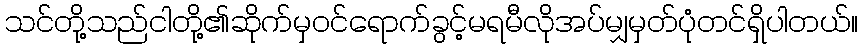
သင်တို့သည်ငါတို့၏ဆိုက်မှဝင်ရောက်ခွင့်မရမီလိုအပ်မျှမှတ်ပုံတင်ရှိပါတယ်။